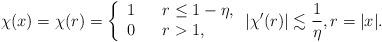
LaTeX: \begin{align*} \chi(x) =\chi(r)= \left\{\begin{array}{ccl}1 && r \leq 1-\eta, \\0 && r>1, \end{array}\right. |\chi'(r)| \lesssim \frac{1}{\eta}, r=|x|.\end{align*}